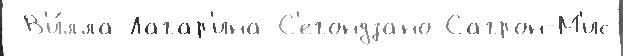
 В'и́лла-Лагар'ина С'егондзано Сагрон-М'ис